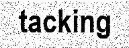
tacking